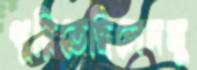
পুরিতেছিলেনসু